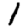
Digit: 1